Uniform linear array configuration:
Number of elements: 8
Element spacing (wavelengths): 0.25
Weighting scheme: hann
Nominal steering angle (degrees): -60
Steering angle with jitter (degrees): -58.491
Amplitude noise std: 0.05
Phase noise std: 0.05

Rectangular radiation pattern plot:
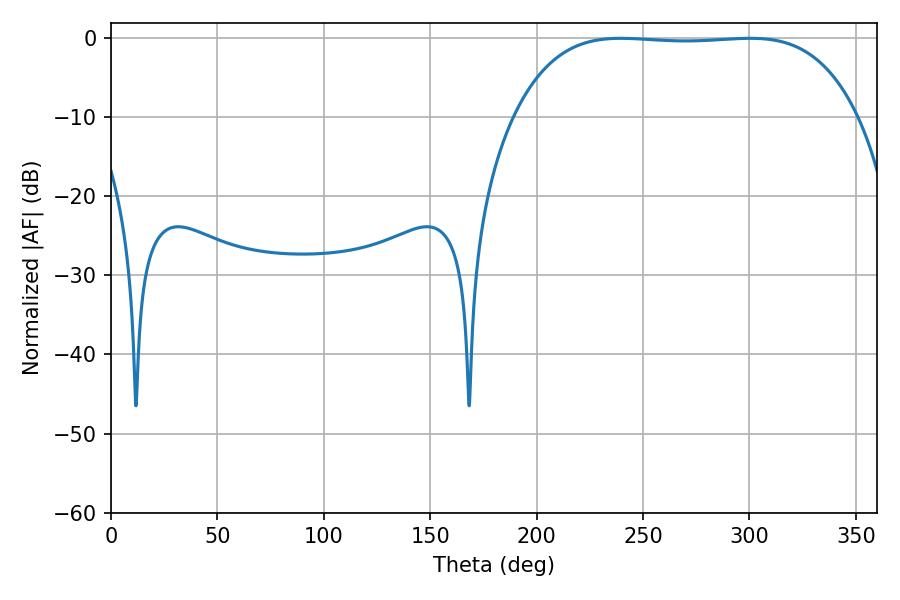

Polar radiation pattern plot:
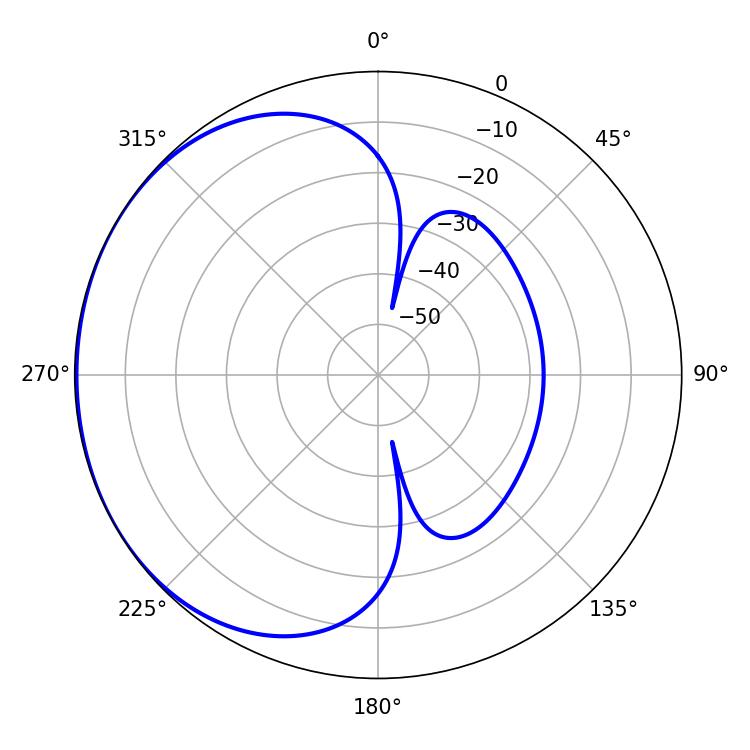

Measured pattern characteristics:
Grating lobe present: FALSE
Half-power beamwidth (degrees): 126
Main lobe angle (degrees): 239.58